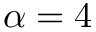
\alpha = 4